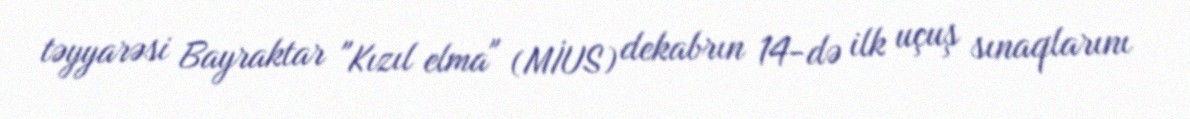
təyyarəsi Bayraktar "Kızıl elma" (MİUS) dekabrın 14-də ilk uçuş sınaqlarını